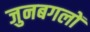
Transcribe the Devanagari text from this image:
जुनबगलों